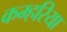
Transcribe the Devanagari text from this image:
कम्हरिया